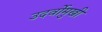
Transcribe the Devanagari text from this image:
उदर्वोमुखी